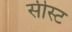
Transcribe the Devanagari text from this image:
सीस्ट